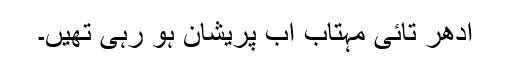
ادھر تائی مہتاب اب پریشان ہو رہی تھیں۔